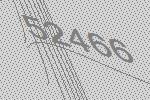
52466